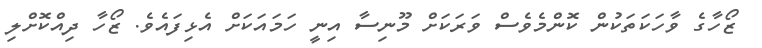
ޒޯހާގެ ވާހަކަތަކުން ކޮންމެވެސް ވަރަކަށް މޫނިސާ އިނީ ހަމައަކަށް އެޅިފައެވެ. ޒޯހާ ދިއްކޮށްލި